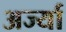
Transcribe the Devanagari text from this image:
अर्ज्या